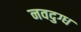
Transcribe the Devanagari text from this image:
नवदुग्ध